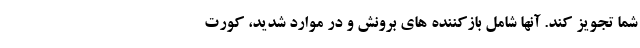
شما تجویز کند. آنها شامل بازکننده های برونش و در موارد شدید، کورت